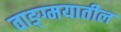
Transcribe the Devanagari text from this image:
वाङ्ग्मयातील